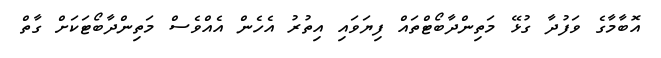
އޮބާމާގެ ވަފުދާ ގުޅޭ މަތިންދާބޯޓްތައް ފިޔަވައި އިތުރު އެހެން އެއްވެސް މަތިންދާބޯޓަކަށް ގާތް